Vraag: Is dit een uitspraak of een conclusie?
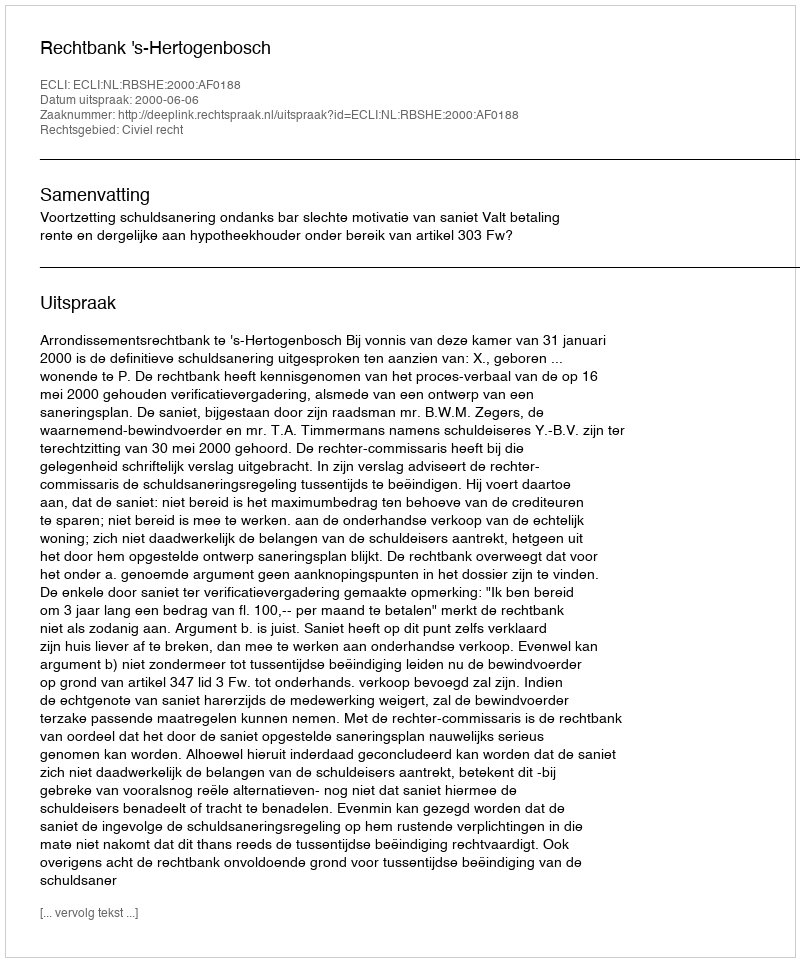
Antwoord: Uitspraak